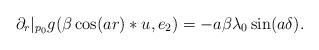
LaTeX: \begin{align*}\partial_r|_{p_0} g(\beta\cos(ar)* u,e_2)=-a\beta\lambda_0\sin(a\delta).\end{align*}